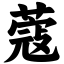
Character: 蔻